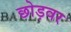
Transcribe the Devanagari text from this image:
छोड़वर